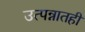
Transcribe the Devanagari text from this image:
उत्पन्नातही